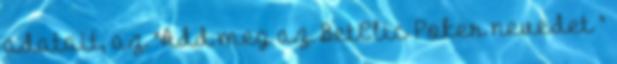
adatait, az "Add meg az BetClic Poker nevedet "